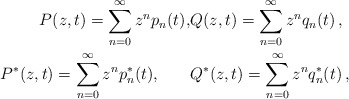
\begin{align*}P(z, t)=\sum_{n=0}^{\infty} z^{n} p_{n}(t), & Q(z, t)=\sum_{n=0}^{\infty} z^{n} q_{n}(t) \,,\\P^{*}(z, t)=\sum_{n=0}^{\infty} z^{n} p_{n}^{*}(t), \qquad& Q^{*}(z, t)=\sum_{n=0}^{\infty} z^{n} q_{n}^{*}(t)\,,\end{align*}